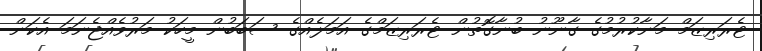
ޓެރަރިޒަމް މަނާކުރުމުގެ ގާނޫނު ބުނާގޮތުން ޓެރަރިޒަމްގެ އަމަލެއްގެ ސަބަބުން މީހަކު މަރުވެއްޖެނަމަ އެކަން